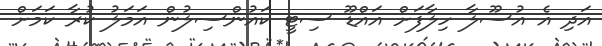
އަދި އެ އުސޫލާ ހިލާފަށް އައްޑޫ ސިޓީ ކައުންސިލުން އަމަލު ކުރާ ކަމަށް